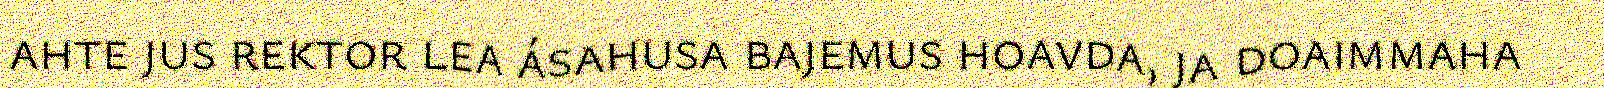
ahte jus rektor lea ásahusa bajemus hoavda, ja doaimmaha